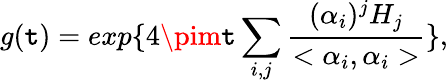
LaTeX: g(\mathtt{t})=exp\{ 4\pim\mathtt{t}\sum_{i,j}\frac{{(\alpha_{i})^{j}H_{j}}}{{<\alpha_{i},\alpha_{i}>}}\} ,